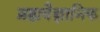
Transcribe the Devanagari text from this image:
ब्रह्मवैज्ञानिक